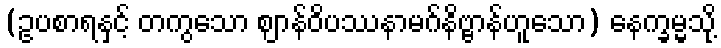
(ဥပစာရနှင့် တကွသော ဈာန်ဝိပဿနာမဂ်နိဗ္ဗာန်ဟူသော) နေက္ခမ္မသို့